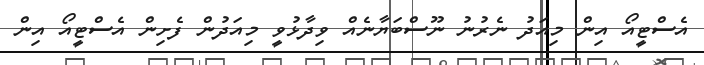
އެސްޓީއޯ އިން މިއަދު ނެރުނު ނޫސްބަޔާނެއް ވިދާޅުވީ މިއަދުން ފެށިން އެސްޓީއޯ އިން